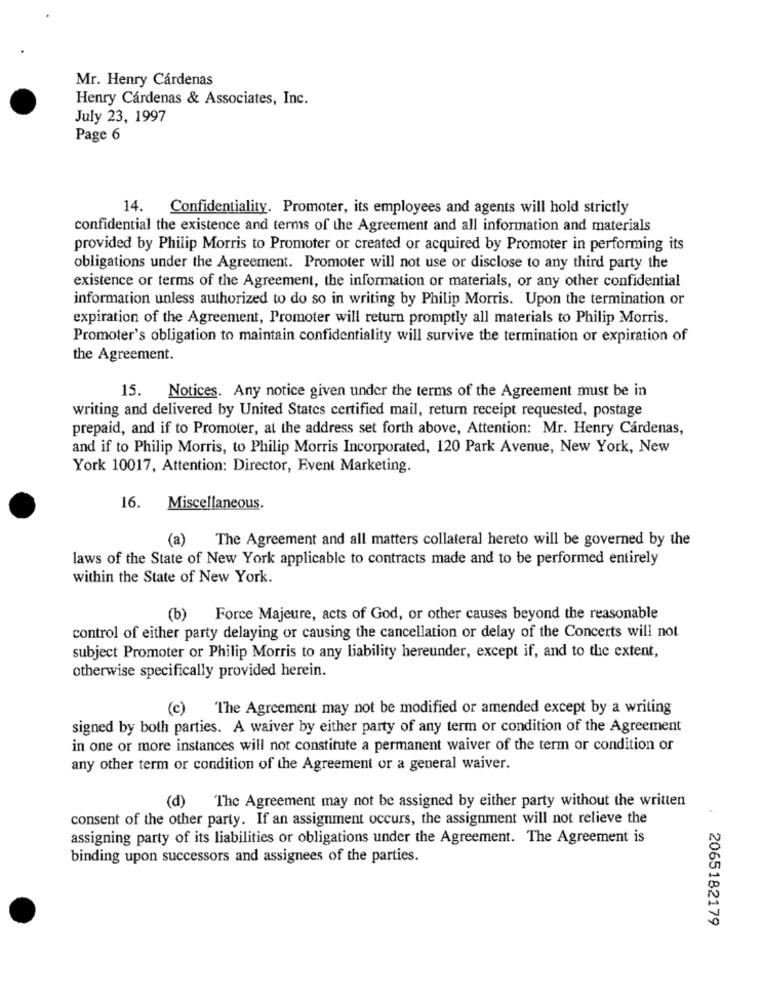
Mr. Henry Cárdenas
Henry Cárdenas & Associates, Inc.
July 23, 1997
Page 6
14. Confidentiality. Promoter, its employees and agents will hold strictly
confidential the existence and terms of the Agreement and all information and materials
provided by Philip Morris to Promoter or created or acquired by Promoter in performing its
obligations under the Agreement. Promoter will not use or disclose to any third party the
existence or terms of the Agreement, the information or materials, or any other confidential
information unless authorized to do so in writing by Philip Morris. Upon the termination or
expiration of the Agreement, Promoter will return promptly all materials to Philip Morris.
Promoter's obligation to maintain confidentiality will survive the termination or expiration of
the Agreement.
15. Notices. Any notice given under the terms of the Agreement must be in
writing and delivered by United States certified mail, return receipt requested, postage
prepaid, and if to Promoter, at the address set forth above, Attention: Mr. Henry Cárdenas,
and if to Philip Morris, to Philip Morris Incorporated, 120 Park Avenue, New York, New
York 10017, Attention: Director, Event Marketing.
16. Miscellaneous.
(a)
The Agreement and all matters collateral hereto will be governed by the
laws of the State of New York applicable to contracts made and to be performed entirely
within the State of New York.
(b) Force Majeure, acts of God, or other causes beyond the reasonable
control of either party delaying or causing the cancellation or delay of the Concerts will not
subject Promoter or Philip Morris to any liability hereunder, except if, and to the extent,
otherwise specifically provided herein.
(c) The Agreement may not be modified or amended except by a writing
signed by both parties. A waiver by either party of any term or condition of the Agreement
in one or more instances will not constitute a permanent waiver of the term or condition or
any other term or condition of the Agreement or a general waiver.
(d) The Agreement may not be assigned by either party without the written
consent of the other party. If an assignment occurs, the assignment will not relieve the
assigning party of its liabilities or obligations under the Agreement. The Agreement is
binding upon successors and assignees of the parties.
2065182179